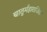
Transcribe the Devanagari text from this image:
चातुर्महाराजिक